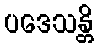
ပဒေသန္တိ